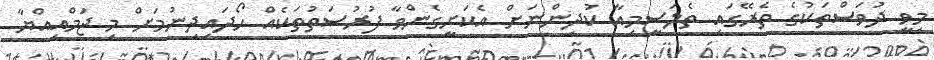
މިވީ ދުވަސްތަކުގެ ތެރޭގައި ތެލަސީމިއާ ކުދިންނަށް އެކަށީގެންވާ ފުރުސަތުތަކެއް ހޯދައިދިނުމަށް މި ޖަމްއިއްޔާ